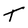
Character: T